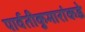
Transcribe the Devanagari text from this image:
पार्वतीकुमारांकडे